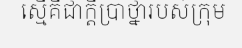
ស្មើគឺជាក្តីប្រាថ្នារបស់ក្រុម